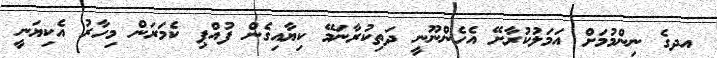
އދގެ ނިންމުމަށް އަމަލުކުރާށޭ އެހެންނޫނީ ދަތިކުރާނަމޭ ކިޔާއިގެން ފުއްޕި ކެމަރަން މިހާރު އެކިޔަނީ